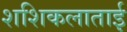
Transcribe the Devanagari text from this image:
शशिकलाताई